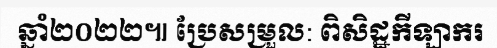
ឆ្នាំ២០២២៕ ប្រែសម្រួល: ពិសិដ្ឋកីឡាករ